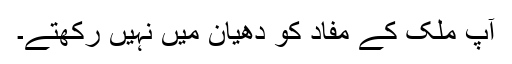
آپ ملک کے مفاد کو دھیان میں نہیں رکھتے۔